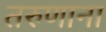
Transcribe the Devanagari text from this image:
तरुणाना